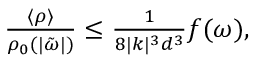
\begin{array} { r } { \frac { \langle \rho \rangle } { \rho _ { 0 } ( | \tilde { \omega } | ) } \leq \frac { 1 } { 8 | k | ^ { 3 } d ^ { 3 } } f ( \omega ) , } \end{array}